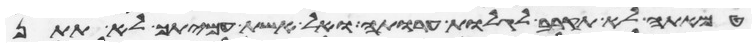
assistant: טמאתה לא תקרב לגלות ערותה ואל אשת עמיתך לא תתן